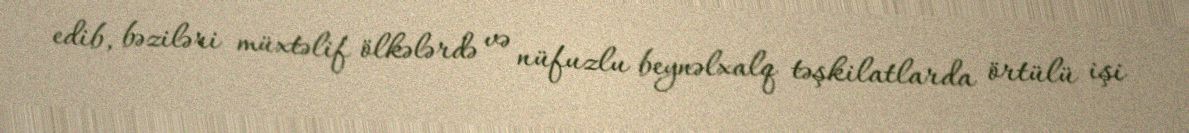
edib, bəziləri müxtəlif ölkələrdə və nüfuzlu beynəlxalq təşkilatlarda örtülü işi